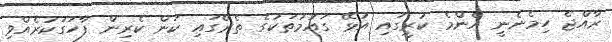
ރާއްޖެ ހިމެނެނީ އެންމެ ކުރީގައި އުޅޭ ގައުމުތަކުގެ ތެރޭގައި ކަން ކެރިން ފާހަގަކުރެއްވި